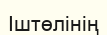
Іштөлінің